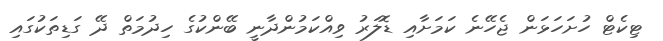
ޓިކެޓް ހުށަހަޅަން ޖެހޭނެ ކަމަށާއި ޑޮލަރު ވިއްކަމުންދާނީ ބޭންކުގެ ހިދުމަތް ދޭ ގަޑިތަކުގައި